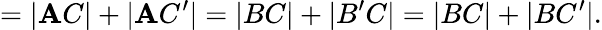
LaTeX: =|\mathbf{A}C|+|\mathbf{A}C^{\prime}|=|BC|+|B^{\prime}C|=|BC|+|BC^{\prime}|.